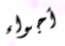
أجواء